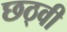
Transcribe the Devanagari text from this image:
छठ्वी